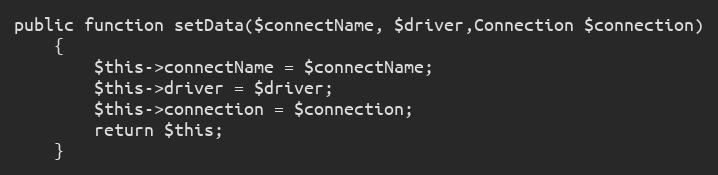
Language: PHP
public function setData($connectName, $driver,Connection $connection)
    {
        $this->connectName = $connectName;
        $this->driver = $driver;
        $this->connection = $connection;
        return $this;
    }